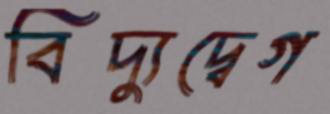
বিদ্যুদ্বেগ